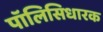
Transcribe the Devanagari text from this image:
पॉलिसिधारक